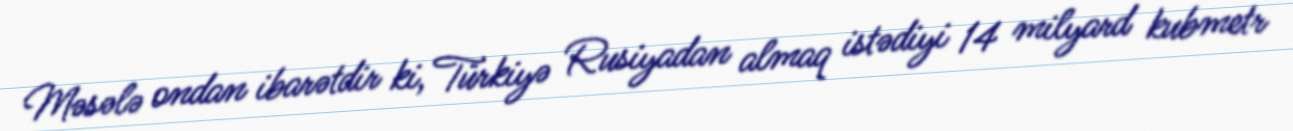
Məsələ ondan ibarətdir ki, Türkiyə Rusiyadan almaq istədiyi 14 milyard kubmetr